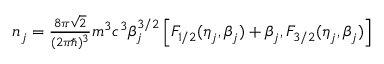
\begin{array} { r } { n _ { j } = \frac { 8 \pi \sqrt 2 } { ( 2 \pi \hbar ) ^ { 3 } } m ^ { 3 } c ^ { 3 } \beta _ { j } ^ { 3 / 2 } \left[ F _ { 1 / 2 } ( \eta _ { j } , \beta _ { j } ) + \beta _ { j } , F _ { 3 / 2 } ( \eta _ { j } , \beta _ { j } ) \right] } \end{array}